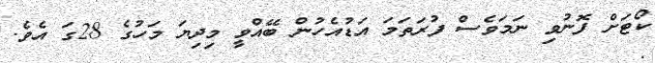
ކޯޓަށް ފޮނުވި ނަމަވެސް ފުރަތަމަ އަޑުއެހުން ބޭއްވީ މިދިޔަ މަހުގެ 28ގަ އެވެ.